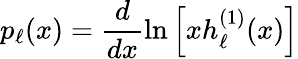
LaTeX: p_{\ell}(x)=\frac{d}{dx}\ln\left[xh_{\ell}^{(1)}(x)\right]